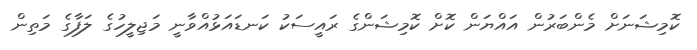
ކޮމިޝަނަށް މެންބަރުން އައްޔަން ކޮށް ކޮމިޝަންގެ ރައީސަކު ކަނޑައަޅުއްވާނީ މަޖިލީހުގެ ލަފާގެ މަތިން